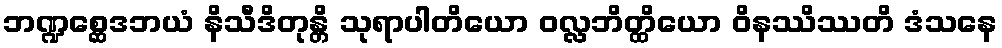
ဘဏ္ဍစ္ဆေဒဘယံ နိသီဒိတုန္တိ သုရာပါတိယော ဝလ္လဘိတ္ထိယော ဝိနဿိဿတိ ဒံသနေ